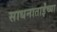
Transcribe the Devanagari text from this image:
साधनाताईंच्या